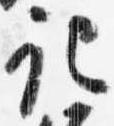
記